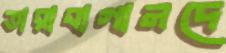
তারাবাগানদে